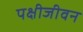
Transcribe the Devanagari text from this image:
पक्षीजीवन